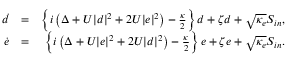
\begin{array} { r l r } { \dot { d } } & { = } & { \left\{ i \left( \Delta + U | d | ^ { 2 } + 2 U | e | ^ { 2 } \right) - \frac { \kappa } { 2 } \right\} d + \zeta d + \sqrt { \kappa _ { e } } S _ { i n } , } \\ { \dot { e } } & { = } & { \left\{ i \left( \Delta + U | e | ^ { 2 } + 2 U | d | ^ { 2 } \right) - \frac { \kappa } { 2 } \right\} e + \zeta e + \sqrt { \kappa _ { e } } S _ { i n } . } \end{array}